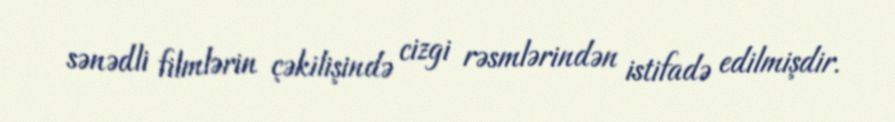
sənədli filmlərin çəkilişində cizgi rəsmlərindən istifadə edilmişdir.